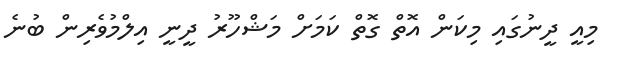
މިއީ ދީނުގައި މިކަން އޮތް ގޮތް ކަމަށް މަޝްހޫރު ދީނީ އިލްމުވެރިން ބުނެ